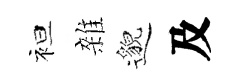
袒雜邈及